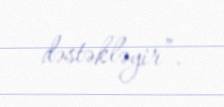
dəstəkləyir”.